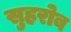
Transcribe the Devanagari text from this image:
सुहरोब